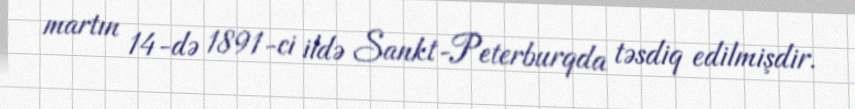
martın 14-də 1891-ci ildə Sankt-Peterburqda təsdiq edilmişdir.